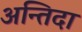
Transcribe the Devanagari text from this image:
अन्तिदा